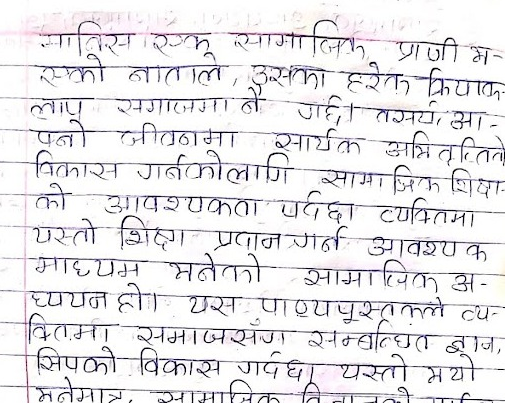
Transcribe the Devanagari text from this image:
मानिस एक सामाजिक प्राणी म
एको नाताले, उसका हरेक क्रियाक
लाप समाजमा नै गर्छ। तसर्थ आ-
फ्नो जीवनमा सार्यक अभिवृत्तिले
• विकास गर्नकोलागि सामाजिक शिक्षा-
-- को आवश्यकता पर्दछा व्यक्तिमा
यस्तो शिक्षा प्रदान गर्न आवश्यक
माध्यम भनेको सामाजिक अ-
ध्ययन हो। यस पाठ्यपुस्तकले व्य-
वितमा समाजसँग सम्बन्धित ज्ञान,
सिपको विकास गर्दछ। यस्तो भयो
मनेमात्र, सामाजिक विना